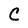
Character: C